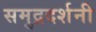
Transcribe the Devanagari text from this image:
समुद्रदर्शनी